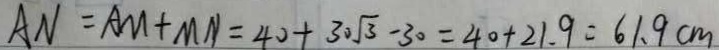
A N = A M + M N = 4 0 + 3 0 \sqrt { 3 } - 3 0 = 4 0 + 2 1 . 9 = 6 1 . 9 c m